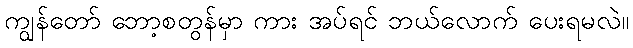
ကျွန်တော် ဘော့စတွန်မှာ ကား အပ်ရင် ဘယ်လောက် ပေးရမလဲ။